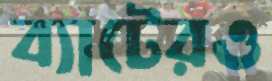
ব্যাটেরও